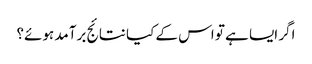
اگر ایسا ہے تو اس کے کیا نتائج برآمد ہوئے؟